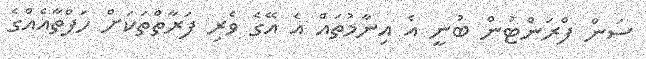
ސަން ފްރަންޓުން ބުނީ އެ އިނާމުތައް އެ އޭގެ ވެރި ފަރާތްތަކަށް ހަފްތާއެއްގެ